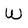
Character: w